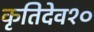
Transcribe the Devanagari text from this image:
कृतिदेव१०